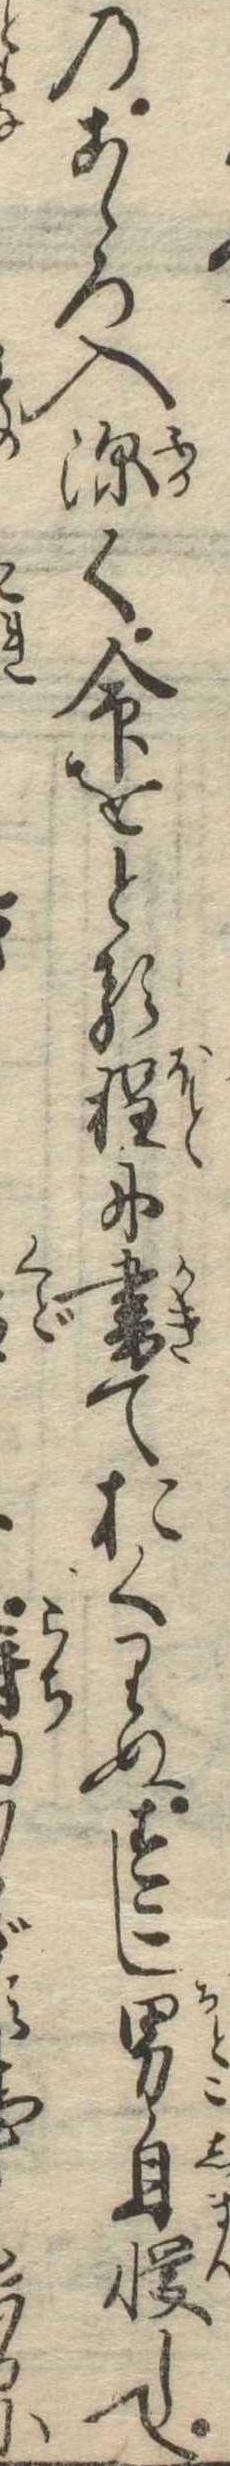
のこゝろ入深く命をとる程に書ておくりぬすこし男自慢してざに